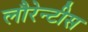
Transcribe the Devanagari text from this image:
लौरेन्टीस